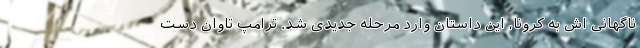
ناگهانی اش به کرونا، این داستان وارد مرحله جدیدی شد. ترامپ تاوان دست